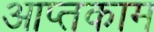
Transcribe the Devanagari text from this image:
आप्तकाम